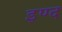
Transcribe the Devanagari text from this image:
इण्द